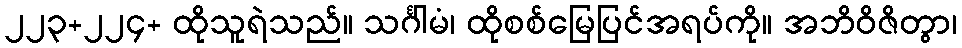
၂၂၃+၂၂၄+ ထိုသူရဲသည်။ သင်္ဂါမံ၊ ထိုစစ်မြေပြင်အရပ်ကို။ အဘိဝိဇိတွာ၊